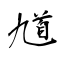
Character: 馗